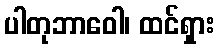
ပါတုဘာဝေါ၊ ထင်ရှား